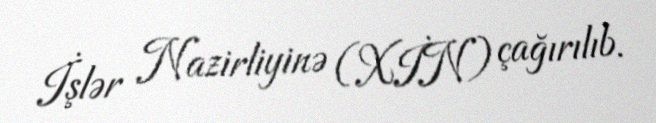
İşlər Nazirliyinə (XİN) çağırılıb.